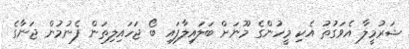
ޝަރުމީލާ އެވަގުތު އެކި މީހުންގެ މޫނަށް ބަލައިލާފައި ބޯ ޖަހައިލިތަން ފެނުމުން ޖަނާގެ